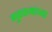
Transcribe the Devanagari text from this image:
गुरख्यांच्या